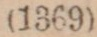
(1368)